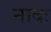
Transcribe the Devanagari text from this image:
नादः